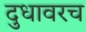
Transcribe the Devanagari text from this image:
दुधावरच